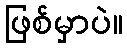
ဖြစ်မှာပဲ။